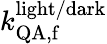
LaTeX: k_{\mathrm{QA,f}}^{\mathrm{light/dark}}